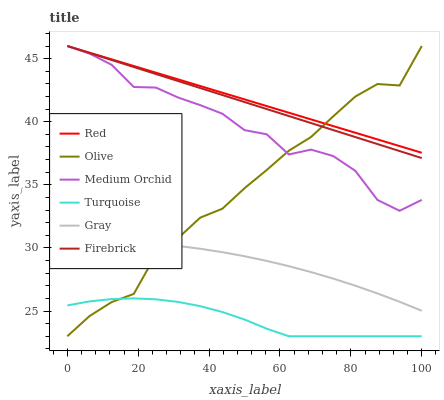
| xaxis_label | Red | Olive | Medium Orchid | Turquoise | Gray | Firebrick |
 | --- | --- | --- | --- | --- | --- | --- |
 | 0 | 46 | 23 | 46 | 25.4 | 30.5 | 46 |
 | 6.25 | 45.5 | 24.6 | 45.4 | 25.8 | 30.6 | 45.4 |
 | 12.5 | 44.9 | 25.7 | 44.5 | 25.9 | 30.5 | 44.9 |
 | 18.8 | 44.4 | 26.4 | 42.8 | 26 | 30.5 | 44.3 |
 | 25 | 43.9 | 29.5 | 42.7 | 25.9 | 30.3 | 43.8 |
 | 31.2 | 43.4 | 30.8 | 41.9 | 25.7 | 30.2 | 43.2 |
 | 37.5 | 42.8 | 32.4 | 41.3 | 25.4 | 29.9 | 42.7 |
 | 43.8 | 42.3 | 33.1 | 40.6 | 24.9 | 29.7 | 42.1 |
 | 50 | 41.8 | 34.7 | 39.3 | 24.3 | 29.3 | 41.6 |
 | 56.2 | 41.2 | 36.2 | 39 | 23.6 | 29 | 41 |
 | 62.5 | 40.7 | 37.7 | 37.4 | 23 | 28.6 | 40.5 |
 | 68.8 | 40.2 | 38.8 | 37.8 | 23 | 28.1 | 39.9 |
 | 75 | 39.7 | 40.4 | 37.3 | 23 | 27.6 | 39.3 |
 | 81.2 | 39.1 | 42 | 36.1 | 23 | 27 | 38.8 |
 | 87.5 | 38.6 | 43 | 33.8 | 23 | 26.4 | 38.2 |
 | 93.8 | 38.1 | 42.9 | 32.9 | 23 | 25.7 | 37.7 |
 | 100 | 37.5 | 46 | 33.8 | 23 | 25 | 37.1 |